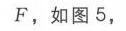
\(F\)，如图5，